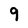
Character: 9